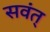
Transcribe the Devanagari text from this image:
सवंत्